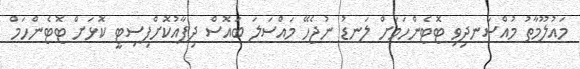
މައުލޫމާތު މުއްސަނދިވި ޓޮޓެންހަމަށް ލަނޑު ނުޖެހޭ މައްސަލަ ބައޮސް ދިފާއުކޮށްފިސިޓީ ކޮޅަށް ޓޮޓެންހަމް